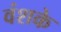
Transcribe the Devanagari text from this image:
वंशके